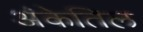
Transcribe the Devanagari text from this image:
अंकेतिल